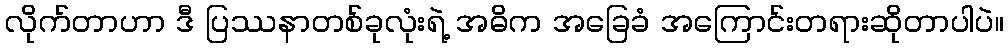
လိုက်တာဟာ ဒီ ပြဿနာတစ်ခုလုံးရဲ့ အဓိက အခြေခံ အကြောင်းတရားဆိုတာပါပဲ။